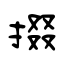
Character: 掇